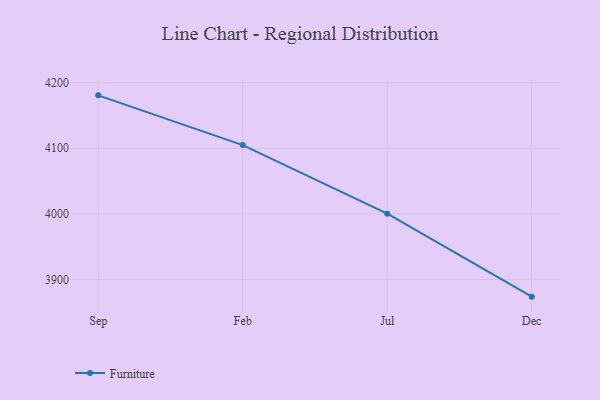
{"axis": {"x": "Month", "y": "Inventory Turnover"}, "legend": ["Furniture"], "data": [{"x": "Sep", "y": 4180.7, "type": "Furniture"}, {"x": "Feb", "y": 4104.8, "type": "Furniture"}, {"x": "Jul", "y": 4000.3, "type": "Furniture"}, {"x": "Dec", "y": 3873.7, "type": "Furniture"}]}